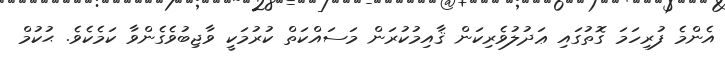
އެންމެ ފުރިހަމަ ގޮތުގައި ޢަދުލުވެރިކަން ޤާއިމުކުރަން މަސައްކަތް ކުރުމަކީ ވާޖިބުވެގެންވާ ކަމެކެވެ. ޙުކުމް